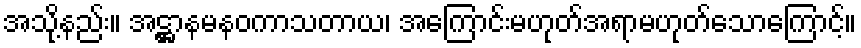
အသို့နည်း။ အဋ္ဌာနမနဝကာသတာယ၊ အကြောင်းမဟုတ်အရာမဟုတ်သောကြောင့်။